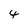
Character: 4